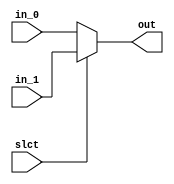
module mux2x1(in_0, in_1, slct, out);

	parameter data_width = 1;

	input[data_width-1:0]	in_0;
	input[data_width-1:0]	in_1;
	input					slct;
	output[data_width-1:0]	out;

	assign out = slct ? in_1 : in_0;
endmodule